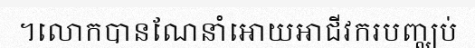
។លោកបានណែនាំអោយអាជីវករបញ្ឈប់